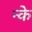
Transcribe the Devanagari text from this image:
न्के